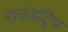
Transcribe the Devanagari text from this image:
राउंडट्रिप